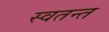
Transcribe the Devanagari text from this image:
स्वतन्त